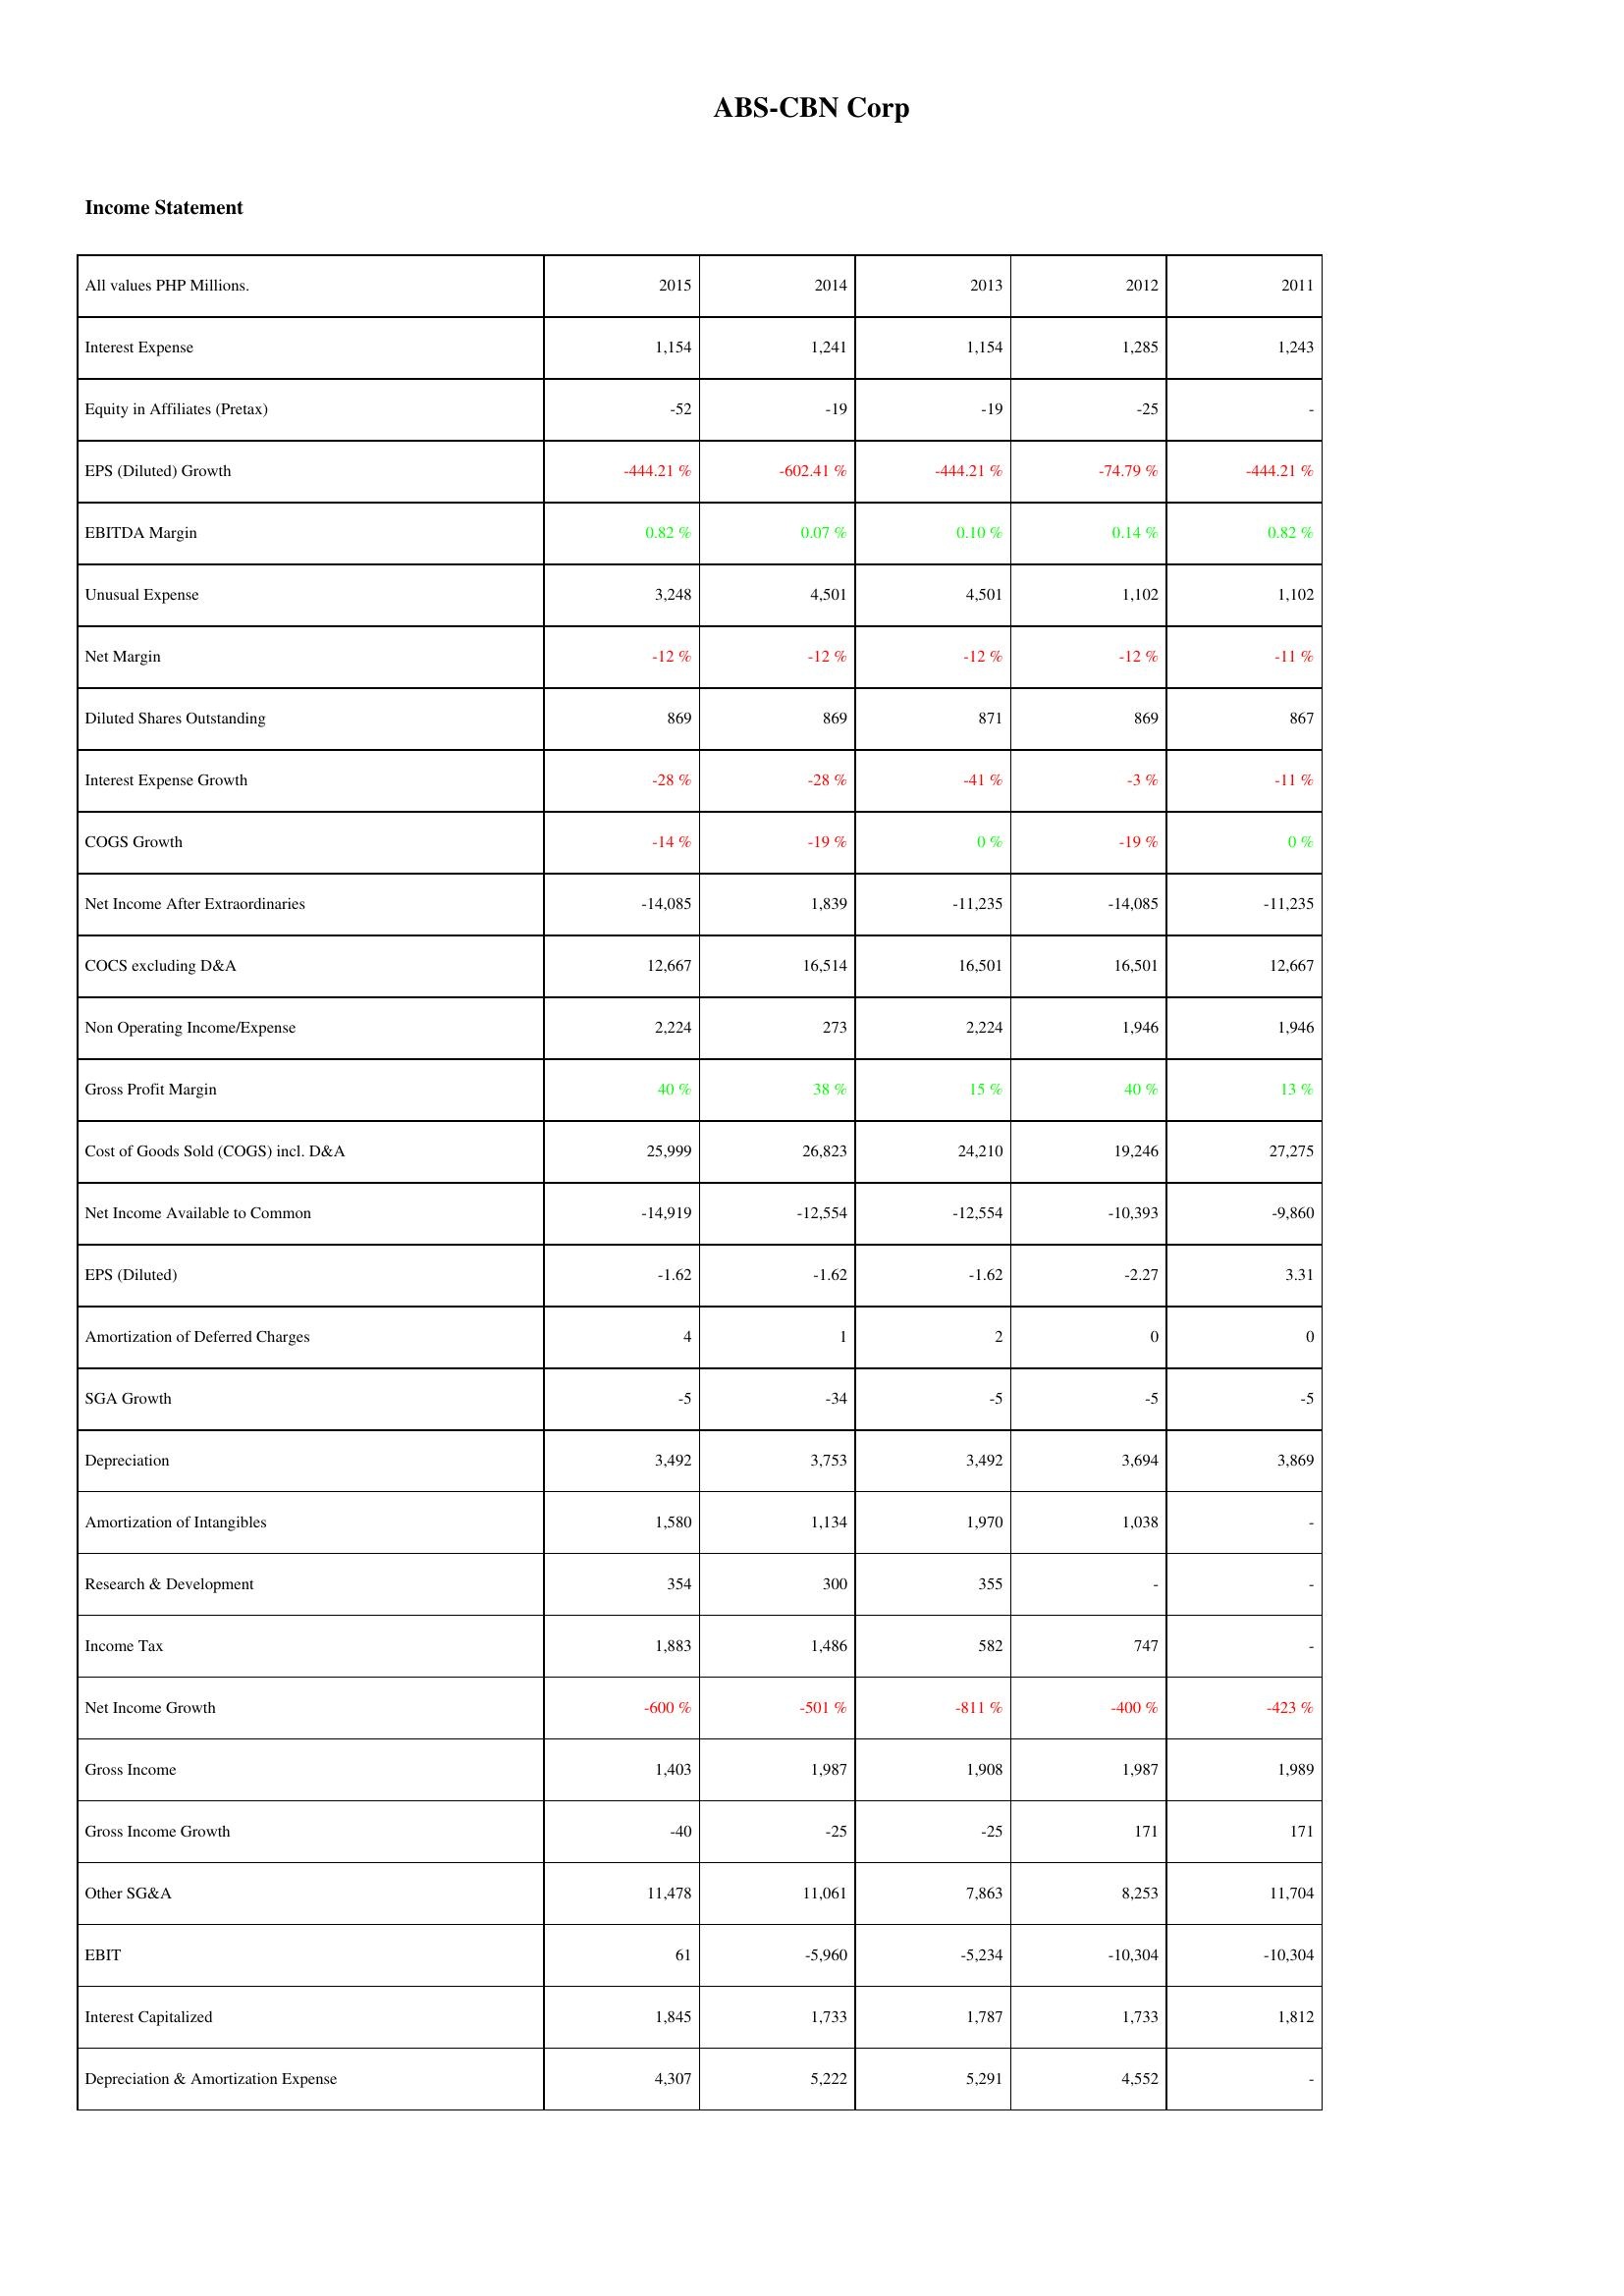
2015: Income Statement: Interest Expense: 1,154
Equity in Affiliates (Pretax): -52
EPS (Diluted) Growth: -444.21 %
EBITDA Margin: 0.82 %
Unusual Expense: 3,248
Net Margin: -12 %
Diluted Shares Outstanding: 869
Interest Expense Growth: -28 %
COGS Growth: -14 %
Net Income After Extraordinaries: -14,085
COCS excluding D&A: 12,667
Non Operating Income/Expense: 2,224
Gross Profit Margin: 40 %
Cost of Goods Sold (COGS) incl. D&A: 25,999
Net Income Available to Common: -14,919
EPS (Diluted): -1.62
Amortization of Deferred Charges: 4
SGA Growth: -5
Depreciation: 3,492
Amortization of Intangibles: 1,580
Research & Development: 354
Income Tax: 1,883
Net Income Growth: -600 %
Gross Income: 1,403
Gross Income Growth: -40
Other SG&A: 11,478
EBIT: 61
Interest Capitalized: 1,845
Depreciation & Amortization Expense: 4,307
2014: Income Statement: Interest Expense: 1,241
Equity in Affiliates (Pretax): -19
EPS (Diluted) Growth: -602.41 %
EBITDA Margin: 0.07 %
Unusual Expense: 4,501
Net Margin: -12 %
Diluted Shares Outstanding: 869
Interest Expense Growth: -28 %
COGS Growth: -19 %
Net Income After Extraordinaries: 1,839
COCS excluding D&A: 16,514
Non Operating Income/Expense: 273
Gross Profit Margin: 38 %
Cost of Goods Sold (COGS) incl. D&A: 26,823
Net Income Available to Common: -12,554
EPS (Diluted): -1.62
Amortization of Deferred Charges: 1
SGA Growth: -34
Depreciation: 3,753
Amortization of Intangibles: 1,134
Research & Development: 300
Income Tax: 1,486
Net Income Growth: -501 %
Gross Income: 1,987
Gross Income Growth: -25
Other SG&A: 11,061
EBIT: -5,960
Interest Capitalized: 1,733
Depreciation & Amortization Expense: 5,222
2013: Income Statement: Interest Expense: 1,154
Equity in Affiliates (Pretax): -19
EPS (Diluted) Growth: -444.21 %
EBITDA Margin: 0.10 %
Unusual Expense: 4,501
Net Margin: -12 %
Diluted Shares Outstanding: 871
Interest Expense Growth: -41 %
COGS Growth: 0 %
Net Income After Extraordinaries: -11,235
COCS excluding D&A: 16,501
Non Operating Income/Expense: 2,224
Gross Profit Margin: 15 %
Cost of Goods Sold (COGS) incl. D&A: 24,210
Net Income Available to Common: -12,554
EPS (Diluted): -1.62
Amortization of Deferred Charges: 2
SGA Growth: -5
Depreciation: 3,492
Amortization of Intangibles: 1,970
Research & Development: 355
Income Tax: 582
Net Income Growth: -811 %
Gross Income: 1,908
Gross Income Growth: -25
Other SG&A: 7,863
EBIT: -5,234
Interest Capitalized: 1,787
Depreciation & Amortization Expense: 5,291
2012: Income Statement: Interest Expense: 1,285
Equity in Affiliates (Pretax): -25
EPS (Diluted) Growth: -74.79 %
EBITDA Margin: 0.14 %
Unusual Expense: 1,102
Net Margin: -12 %
Diluted Shares Outstanding: 869
Interest Expense Growth: -3 %
COGS Growth: -19 %
Net Income After Extraordinaries: -14,085
COCS excluding D&A: 16,501
Non Operating Income/Expense: 1,946
Gross Profit Margin: 40 %
Cost of Goods Sold (COGS) incl. D&A: 19,246
Net Income Available to Common: -10,393
EPS (Diluted): -2.27
Amortization of Deferred Charges: 0
SGA Growth: -5
Depreciation: 3,694
Amortization of Intangibles: 1,038
Research & Development: -
Income Tax: 747
Net Income Growth: -400 %
Gross Income: 1,987
Gross Income Growth: 171
Other SG&A: 8,253
EBIT: -10,304
Interest Capitalized: 1,733
Depreciation & Amortization Expense: 4,552
2011: Income Statement: Interest Expense: 1,243
Equity in Affiliates (Pretax): -
EPS (Diluted) Growth: -444.21 %
EBITDA Margin: 0.82 %
Unusual Expense: 1,102
Net Margin: -11 %
Diluted Shares Outstanding: 867
Interest Expense Growth: -11 %
COGS Growth: 0 %
Net Income After Extraordinaries: -11,235
COCS excluding D&A: 12,667
Non Operating Income/Expense: 1,946
Gross Profit Margin: 13 %
Cost of Goods Sold (COGS) incl. D&A: 27,275
Net Income Available to Common: -9,860
EPS (Diluted): 3.31
Amortization of Deferred Charges: 0
SGA Growth: -5
Depreciation: 3,869
Amortization of Intangibles: -
Research & Development: -
Income Tax: -
Net Income Growth: -423 %
Gross Income: 1,989
Gross Income Growth: 171
Other SG&A: 11,704
EBIT: -10,304
Interest Capitalized: 1,812
Depreciation & Amortization Expense: -